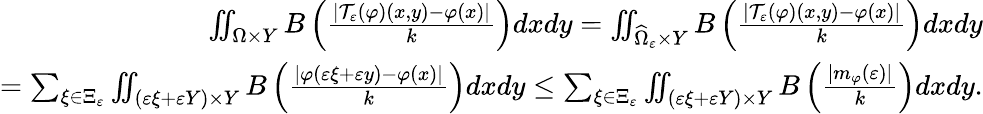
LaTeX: \begin{array}{r}{\iint_{\Omega\times Y}B\left(\frac{\left\vert\mathcal{T}_{\varepsilon}\left(\varphi\right)\left(x,y\right)-\varphi\left(x\right)\right\vert}{k}\right)dxdy=\iint_{\widehat{\Omega}_{\varepsilon}\times Y}B\left(\frac{\left\vert\mathcal{T}_{\varepsilon}\left(\varphi\right)\left(x,y\right)-\varphi\left(x\right)\right\vert}{k}\right)dxdy}\\ {=\sum_{\xi\in\Xi_{\varepsilon}}\iint_{(\varepsilon\xi+\varepsilon Y)\times Y}B\left(\frac{\left\vert\varphi\left(\varepsilon\xi+\varepsilon y\right)-\varphi\left(x\right)\right\vert}{k}\right)dxdy\leq\sum_{\xi\in\Xi_{\varepsilon}}\iint_{(\varepsilon\xi+\varepsilon Y)\times Y}B\left(\frac{\left\vert m_{\varphi}\left(\varepsilon\right)\right\vert}{k}\right)dxdy.}\end{array}